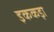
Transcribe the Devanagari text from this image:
इककड़ा